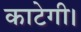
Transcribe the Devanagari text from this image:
काटेगी।